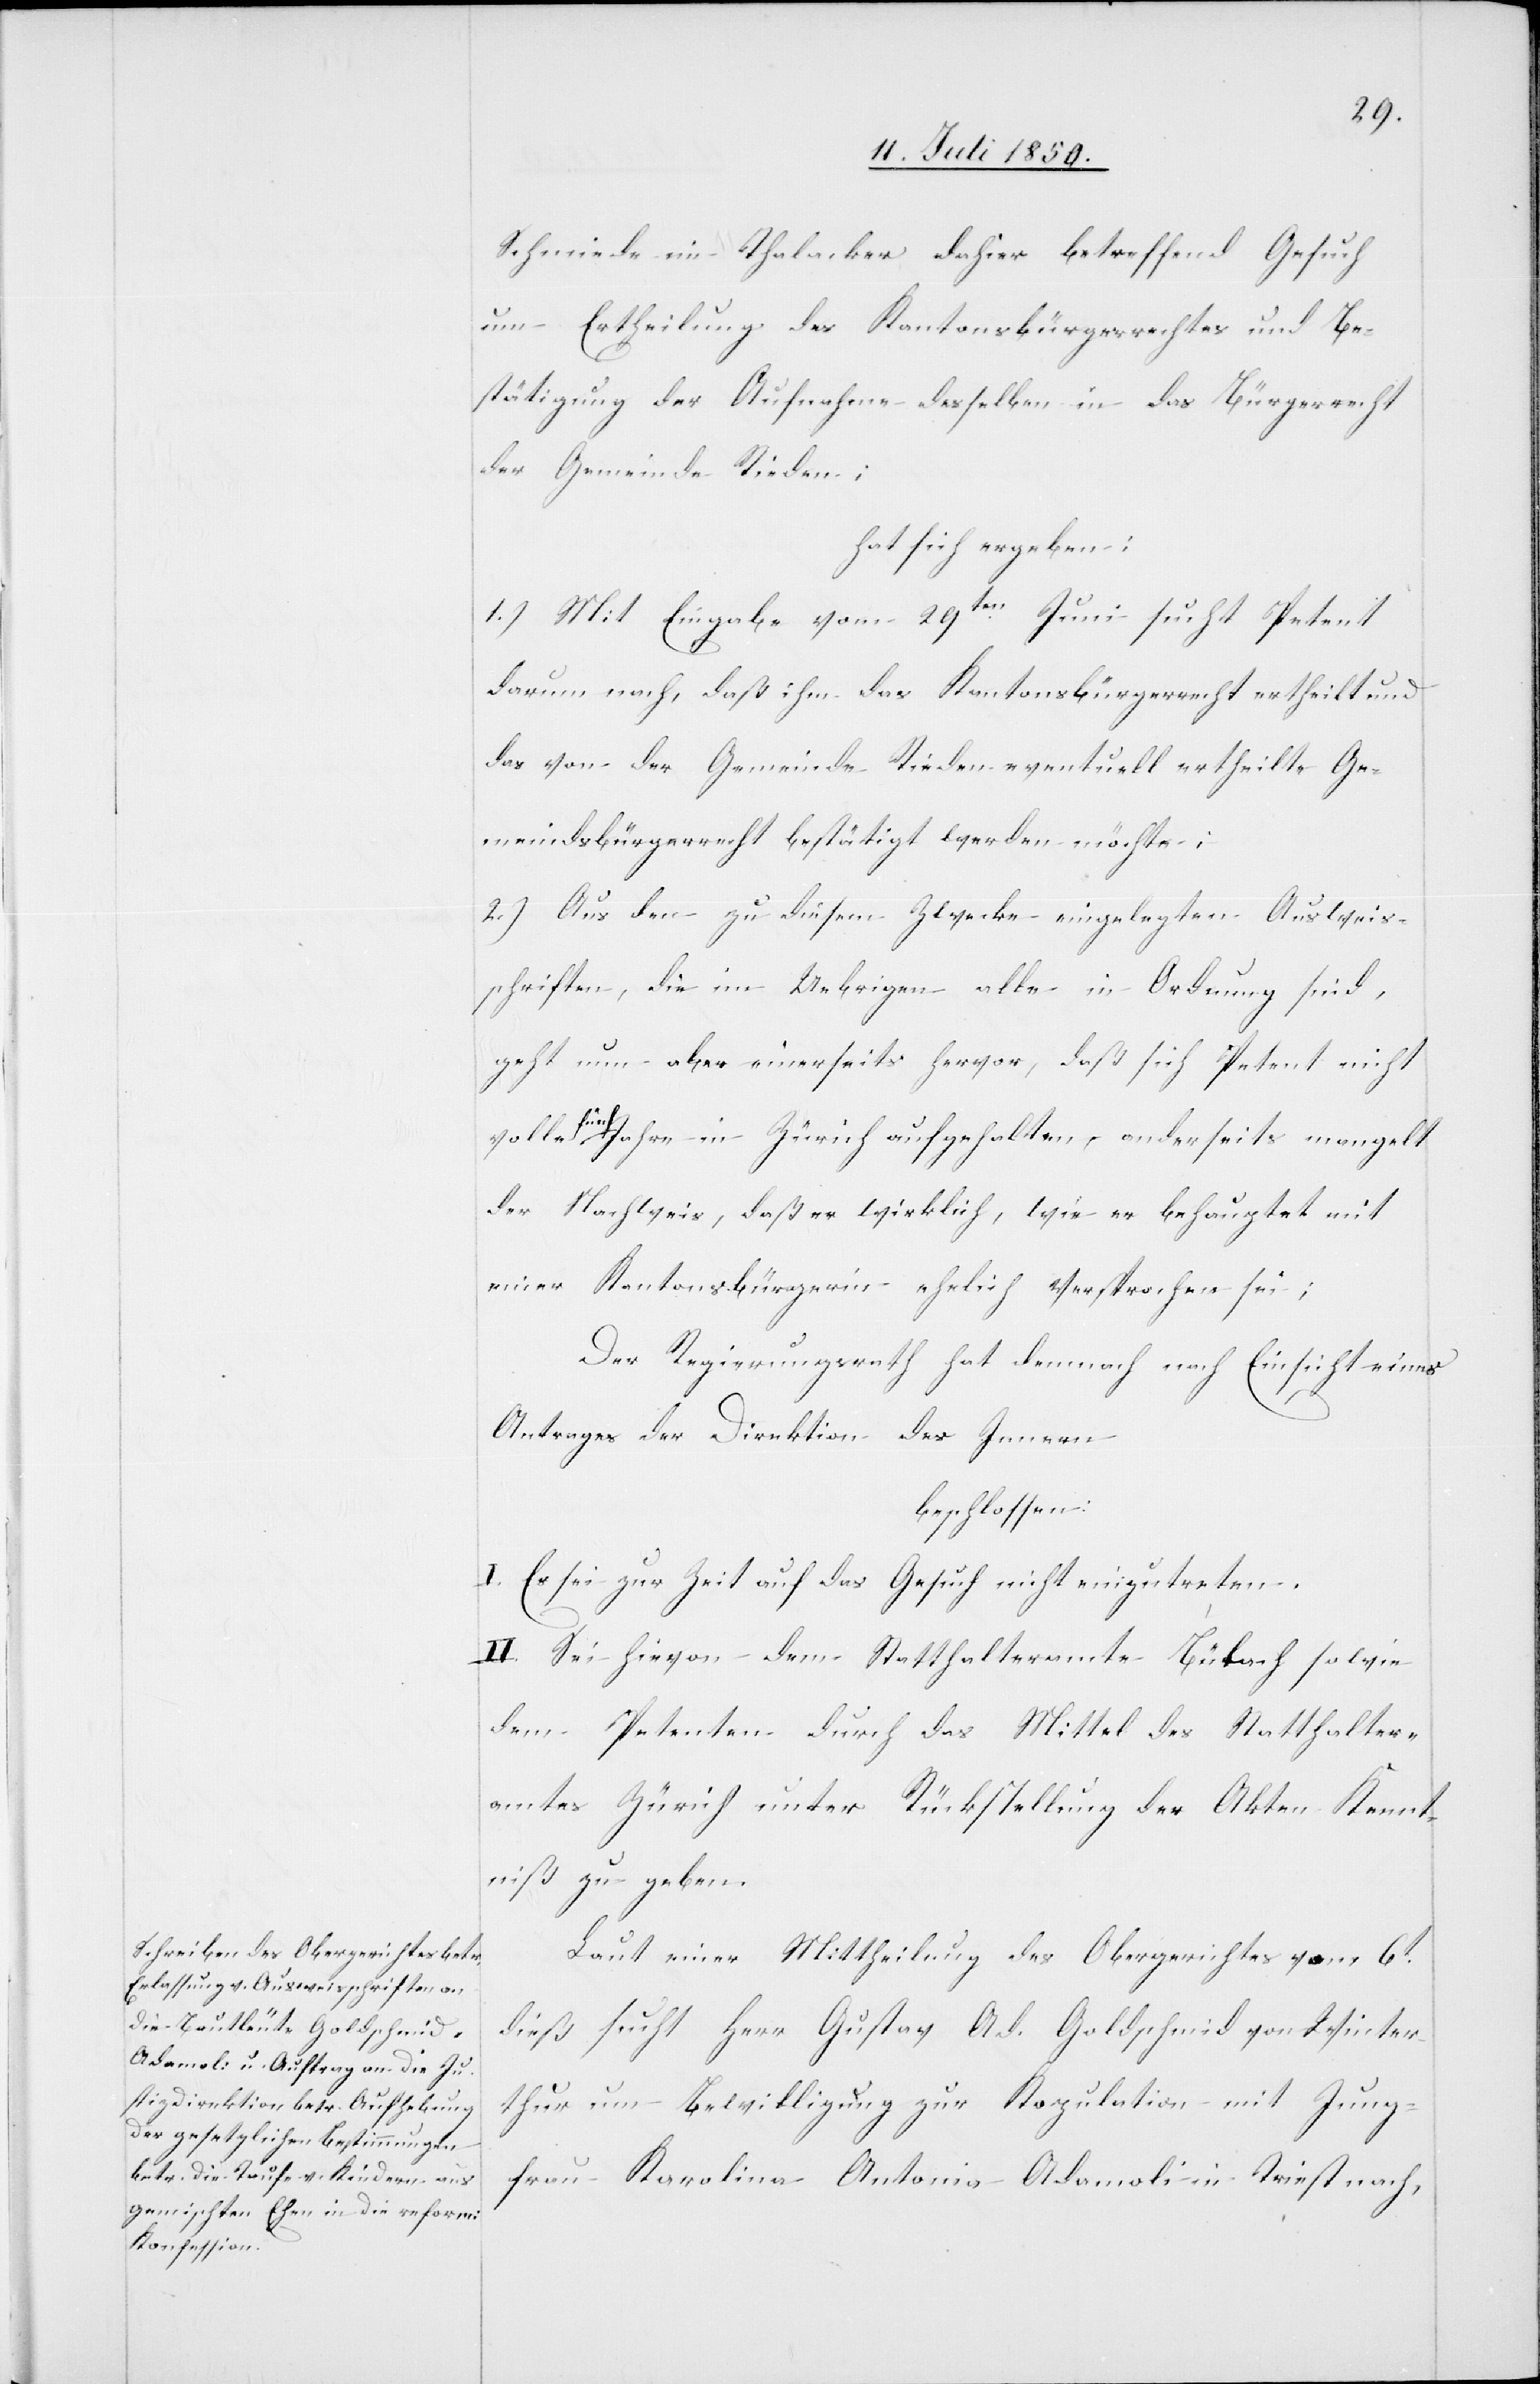
Schmiede im Thalacker dahier betreffend Gesuch
um Ertheilung des Kantonsbürgerrechtes und Be¬
stätigung der Aufnahme desselben in das Bürgerrecht
der Gemeinde Rieden;
hat sich ergeben:
1.) Mit Eingabe vom 28ten Juni sucht Petent
darum nach, daß ihm das Kantonsbürgerrecht ertheilt und
das von der Gemeinde Rieden eventuell ertheilte Ge¬
meindsbürgerrecht bestätigt werden möchte,
2.) Aus den zu diesem Zwecke eingelegten Ausweis¬
schriften, die im Uebrigen alle in Ordnung sind,
geht nun aber einerseits hervor, daß sich Petent nicht
volle fünf Jahre in Zürich aufgehalten, anderseits mangelt
der Nachweis, daß er wirklich, wie er behauptet mit
einer Kantonsbürgerin ehelich versprochen sei;
Der Regierungsrath hat demnach nach Einsicht eines
Antrages der Direktion des Innern
beschlossen:
I. Es sei zur Zeit auf das Gesuch nicht einzutreten.
II. Sei hievon dem Statthalteramte Bülach sowie
dem Petenten durch das Mittel des Statthalter¬
amtes Zürich unter Rückstellung der Akten Kennt¬
niß zu geben.